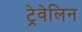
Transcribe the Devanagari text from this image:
ट्रेवेलिन